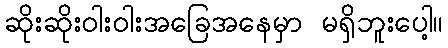
ဆိုးဆိုးဝါးဝါးအခြေအနေမှာ မရှိဘူးပေါ့။